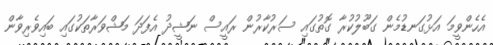
އެހެންވީމަ އަޅުގަނޑުމެން ގަބޫލުކުރާ ގޮތުގައި ސަރުކާރުން ރައީސް ނަޝީދު އެފަދަ މަޝްވަރާތަކުގައި ބައިވެރިވާން